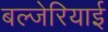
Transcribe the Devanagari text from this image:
बल्जेरियाई